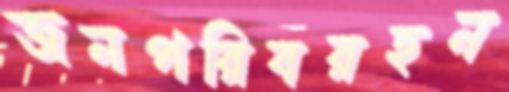
জনপরিবরহন